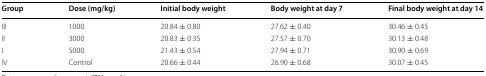
<table><thead><tr><td><b>Group</b></td><td><b>Dose (mg/kg)</b></td><td><b>Initial body weight</b></td><td><b>Body weight at day 7</b></td><td><b>Final body weight at day 14</b></td></tr></thead><tbody><tr><td>III</td><td>1000</td><td>20.84 ± 0.80</td><td>27.62 ± 0.40</td><td>30.46 ± 0.45</td></tr><tr><td>II</td><td>3000</td><td>20.83 ± 0.35</td><td>27.57 ± 0.70</td><td>30.13 ± 0.48</td></tr><tr><td>I</td><td>5000</td><td>21.43 ± 0.54</td><td>27.94 ± 0.71</td><td>30.90 ± 0.69</td></tr><tr><td>IV</td><td>Control</td><td>20.66 ± 0.44</td><td>26.90 ± 0.68</td><td>30.07 ± 0.45</td></tr></tbody></table>